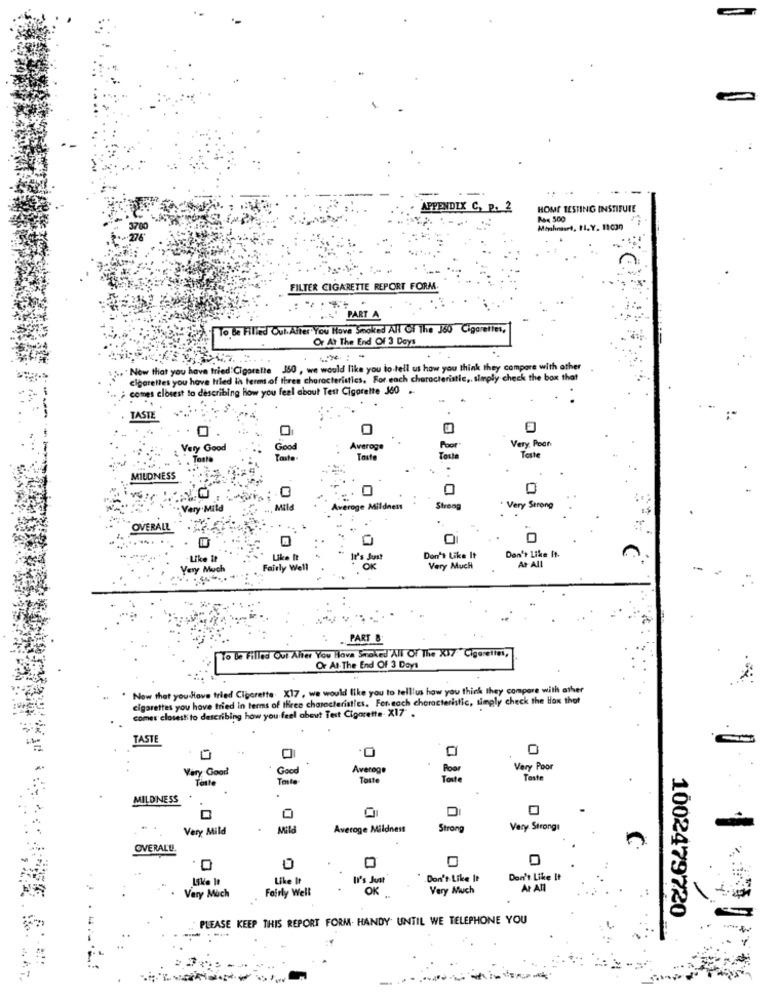
--.
APPENDIX C, P. 2
HOME TESTING INSTIFUTE
Rx 500
Mophrases, 11. Y. 11020
FILTER CIGARETTE REPORT FORM
.. \' PART A
To. Be Filled Out. After You Have Smoked All Of The J50 Cigarettes,
Or At The End Of 3 Days
Now that you have tried'Cigarette 150 , we would like you to tell us how you think they compare with other
cigarettes you have tried in terms of three characteristics. For each characteristic ,. simply check the box that
comes closest to describing How you feel about Test Cigarette 340 ..
TASTE
O
Very: Pooh
Very Good
Good
Average
Poor
Toste
Taste
Teste
Tosta
Taste
MILDNESS
O
0
Very Mild
proge Mildnen
Stron
. Very Strong
OVERALL
It's Just
Don't Like It
Don't Like It.
Ar All
Very Much
Fairly Well
Very Much
PART &
To be Filled Out After You Have Smoked All Of The X17"Cigarettes,
Or At The End Of 3 Days
Now that you Have tried Cigarette. X17 , we would like you to telllus how you think they compare with ather
cigarettes you have tried in terms of three characteristics. For- each characteristic, simply check the box that
comes closest to describing how you feel about Test Cigarette. X17 .
TASTI
0
Very Good!
Good
Average
Poor
Very Poor
Taste
Teste
Toste
Teste
Teste
MILDNESS
Very Mild
Mild
Average Mildnest
Stron
Very Strong
OVERALLS.
Like It
Like It
U's Just
Don't Like It
Don't Like It
Very Much
Fairly Well
OK
Very Much
At All
1002479720
PLEASE KEEP THIS REPORT FORM- HANDY UNTIL WE TELEPHONE YOU